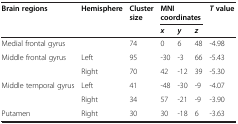
<table><thead><tr><td rowspan="2"><b>Brain regions</b></td><td rowspan="2"><b>Hemisphere</b></td><td rowspan="2"><b>Cluster size</b></td><td colspan="3"><b>MNI coordinates</b></td><td rowspan="2"><b><i>T</i>value</b></td></tr><tr><td><b><i>x</i></b></td><td><b><i>y</i></b></td><td><b><i>z</i></b></td></tr></thead><tbody><tr><td>Medial frontal gyrus</td><td></td><td>74</td><td>0</td><td>6</td><td>48</td><td>-4.98</td></tr><tr><td>Middle frontal gyrus</td><td>Left</td><td>95</td><td>-30</td><td>-3</td><td>66</td><td>-5.43</td></tr><tr><td></td><td>Right</td><td>70</td><td>42</td><td>-12</td><td>39</td><td>-5.30</td></tr><tr><td>Middle temporal gyrus</td><td>Left</td><td>41</td><td>-48</td><td>-30</td><td>-9</td><td>-4.07</td></tr><tr><td></td><td>Right</td><td>34</td><td>57</td><td>-21</td><td>-9</td><td>-3.90</td></tr><tr><td>Putamen</td><td>Right</td><td>30</td><td>30</td><td>-18</td><td>6</td><td>-3.63</td></tr></tbody></table>